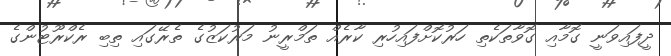
ދީފައިވަނީ ގޮމާއި ގޮވާތަކެތި ހަރުކޮށްފައިހުރި ކާރެއް ތަމްރީނު މަރުކަޒުގެ ތެރޭގައި ތިބި ރެކްރޫޓުންގެ